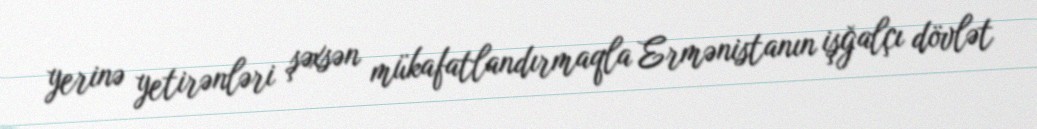
yerinə yetirənləri şəxsən mükafatlandırmaqla Ermənistanın işğalçı dövlət